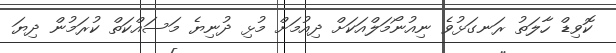
ކޮވިޑް ހާލަތު ރަނގަޅުވެ ނިއުނޯމަލްއަކަށް ދިއުމަށް މުޅި ދުނިޔެ މަސައްކަތް ކުރަމުން ދިޔަ